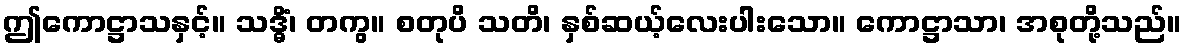
ဤကောဋ္ဌာသနှင့်။ သဒ္ဓိံ၊ တကွ။ စတုပိ သတိ၊ နှစ်ဆယ့်လေးပါးသော။ ကောဋ္ဌာသာ၊ အစုတို့သည်။